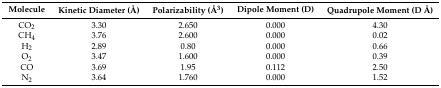
| Molecule | Kinetic Diameter (Å) | Polarizability (Å3) | Dipole Moment (D) | Quadrupole Moment (D Å) |
 | --- | --- | --- | --- | --- |
 | CO2 | 3.30 | 2.650 | 0.000 | 4.30 |
 | CH4 | 3.76 | 2.600 | 0.000 | 0.02 |
 | H2 | 2.89 | 0.80 | 0.000 | 0.66 |
 | O2 | 3.47 | 1.600 | 0.000 | 0.39 |
 | CO | 3.69 | 1.95 | 0.112 | 2.50 |
 | N2 | 3.64 | 1.760 | 0.000 | 1.52 |